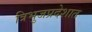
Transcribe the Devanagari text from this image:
त्रिभुजप्रदेशात